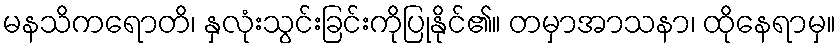
မနသိကရောတိ၊ နှလုံးသွင်းခြင်းကိုပြုနိုင်၏။ တမှာအာသနာ၊ ထိုနေရာမှ။